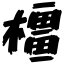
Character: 橿